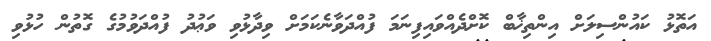
އަތޮޅު ކައުންސިލަށް އިންތިޚާބް ކޮށްދެއްވައިފިނަމަ ފުއްދަވާނެކަމަށް ވިދާޅުވި ވަޢުދު ފުއްދަވުމުގެ ގޮތުން ހުޅުވި